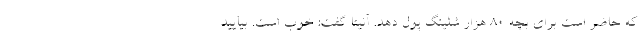
که حاضر است برای بچه 80 هزار شلینگ پول دهد. آنیتا گفت: خوب است. بیایید